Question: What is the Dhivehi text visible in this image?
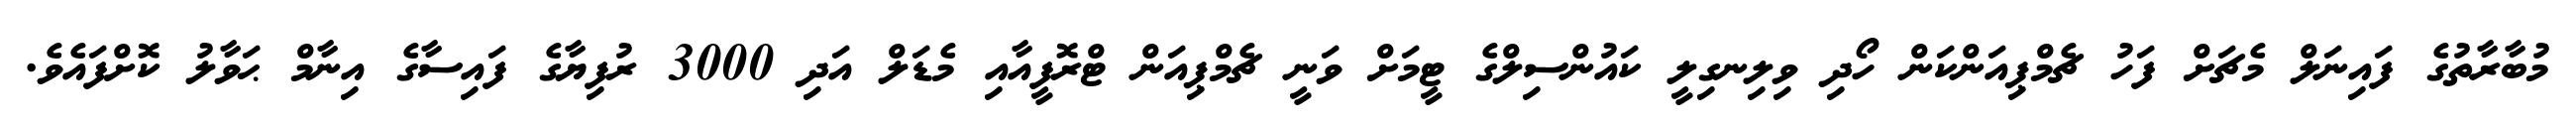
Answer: މުބާރާތުގެ ފައިނަލް މެޗަށް ފަހު ޗެމްޕިއަންކަން ހޯދި ވިލިނގިލީ ކައުންސިލްގެ ޓީމަށް ވަނީ ޗެމްޕިއަން ޓްރޮފީއާއި މެޑަލް އަދި 3000 ރުފިޔާގެ ފައިސާގެ އިނާމް ޙަވާލު ކޮށްފައެވެ.